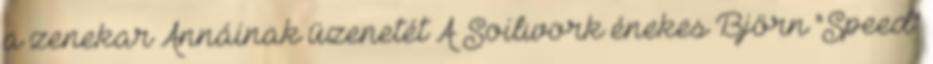
a zenekar Annáinak üzenetét A Soilwork énekes Björn "Speed"